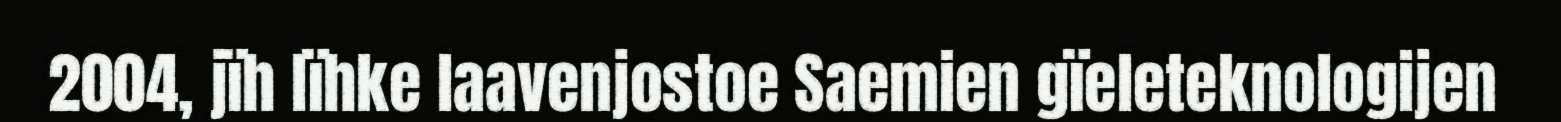
2004, jïh lïhke laavenjostoe Saemien gïeleteknologijen